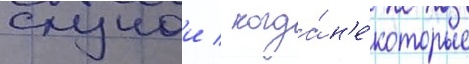
случаи / когда́ н'е́которые